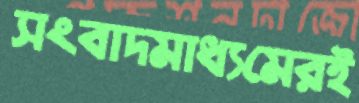
সংবাদমাধ্যমেরই